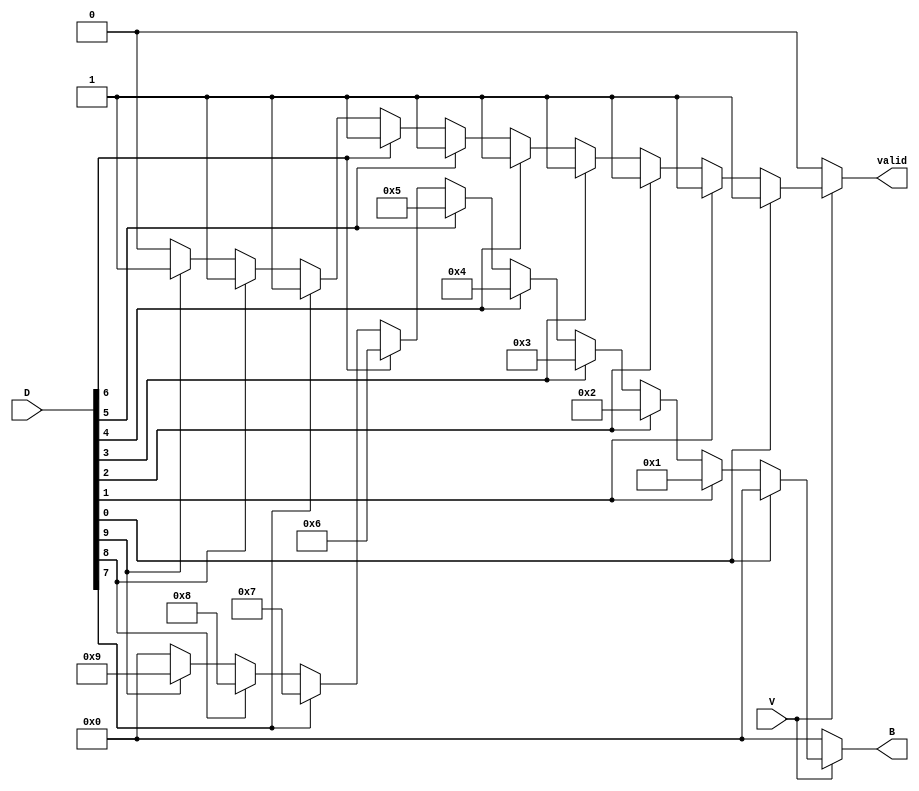
module DecimalToBinaryEncoder (
    input wire [9:0] D, // 10 input lines D0 to D9
    input wire V,       // Valid signal
    output reg [3:0] B, // 4-bit binary output B3 to B0
    output reg valid     // Output valid signal
);

    always @(*) begin
        if (!V) begin
            // If valid signal is low, set output to defined state (all zeros)
            B = 4'b0000;
            valid = 0;
        end else begin
            // Default output
            B = 4'b0000;
            valid = 1;

            // Priority encoding logic
            case (1'b1)
                D[0]: B = 4'b0000; // D0
                D[1]: B = 4'b0001; // D1
                D[2]: B = 4'b0010; // D2
                D[3]: B = 4'b0011; // D3
                D[4]: B = 4'b0100; // D4
                D[5]: B = 4'b0101; // D5
                D[6]: B = 4'b0110; // D6
                D[7]: B = 4'b0111; // D7
                D[8]: B = 4'b1000; // D8
                D[9]: B = 4'b1001; // D9
                default: begin
                    B = 4'b0000; // Invalid state (no input high)
                    valid = 0;   // Set valid to low
                end
            endcase
        end
    end

endmodule